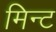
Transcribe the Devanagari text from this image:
मिन्‍ट